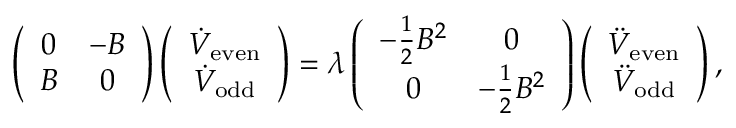
\left( \begin{array} { c c } { { 0 } } & { { - B } } \\ { { B } } & { { 0 } } \end{array} \right) \left( \begin{array} { c } { { \dot { V } _ { \mathrm { e v e n } } } } \\ { { \dot { V } _ { \mathrm { o d d } } } } \end{array} \right) = \lambda \left( \begin{array} { c c } { { - { \frac { 1 } { 2 } } B ^ { 2 } } } & { { 0 } } \\ { { 0 } } & { { - { \frac { 1 } { 2 } } B ^ { 2 } } } \end{array} \right) \left( \begin{array} { c } { { \ddot { V } _ { \mathrm { e v e n } } } } \\ { { \ddot { V } _ { \mathrm { o d d } } } } \end{array} \right) ,